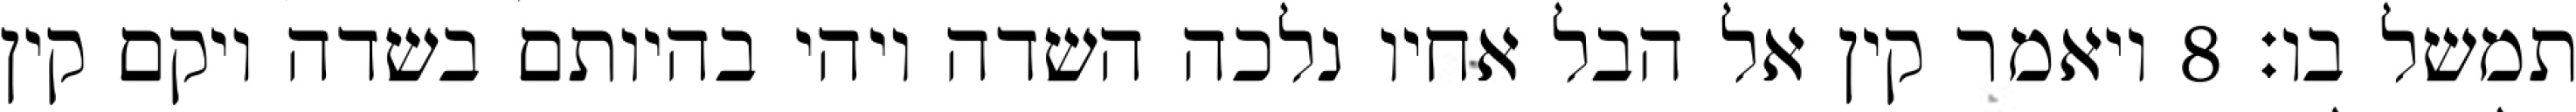
תמשל בו׃ ‎8‏ ויאמר קין אל הבל אחיו נלכה השדה ויהי בהיותם בשדה ויקם קין